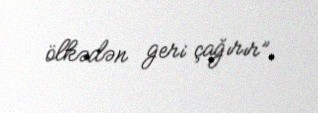
ölkədən geri çağırır”.